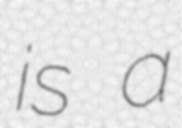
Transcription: is a